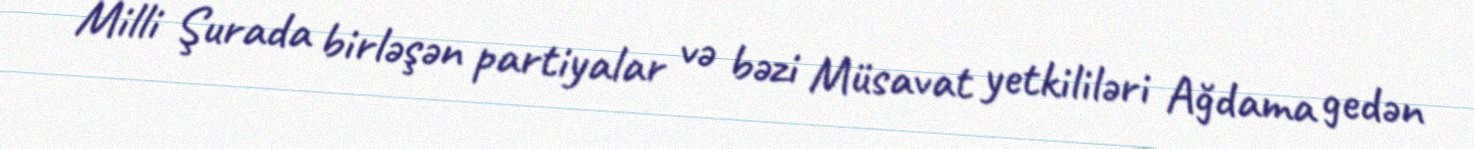
Milli Şurada birləşən partiyalar və bəzi Müsavat yetkililəri Ağdama gedən